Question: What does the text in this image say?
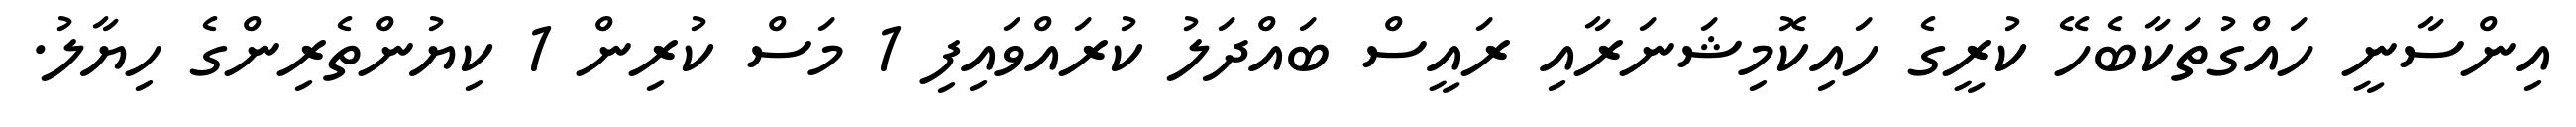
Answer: އިންސާނީ ހައްގުތަކާބެހޭ ކުރީގެ ހައިކޮމިޝަނަރާއި ރައީސް ބައްދަލު ކުރައްވައިފި 1 މަސް ކުރިން 1 ކިޔުންތެރިންގެ ހިޔާލު.